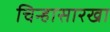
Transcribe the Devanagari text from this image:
चिन्हासारखा